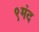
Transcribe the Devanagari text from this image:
९मंद